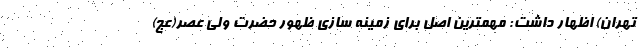
تهران) اظهار داشت: مهمترین اصل برای زمینه سازی ظهور حضرت ولی عصر(عج)